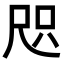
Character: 咫